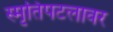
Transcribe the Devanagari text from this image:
स्मृतिपटलावर